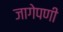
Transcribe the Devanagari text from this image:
जागेपणी